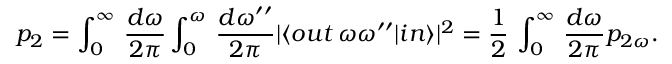
p _ { 2 } = \int _ { 0 } ^ { \infty } \, \frac { d \omega } { 2 \pi } \int _ { 0 } ^ { \omega } \, \frac { d \omega ^ { \prime \prime } } { 2 \pi } \vert \langle o u t \, \omega \omega ^ { \prime \prime } \vert i n \rangle \vert ^ { 2 } = \frac 1 2 \, \int _ { 0 } ^ { \infty } \, \frac { d \omega } { 2 \pi } p _ { 2 \omega } .